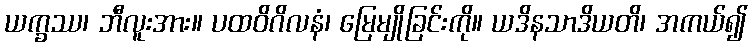
ယက္ခဿ၊ ဘီလူးအား။ ပထဝိဂိလနံ၊ မြေမျိုခြင်းကို။ ယဒိနသာဒိယတိ၊ အကယ်၍